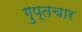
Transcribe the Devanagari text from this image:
गुप्तचार